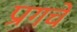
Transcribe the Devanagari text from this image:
प्रागचे